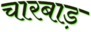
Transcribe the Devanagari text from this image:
चारबाड़